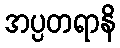
အပ္ပတရာနိ